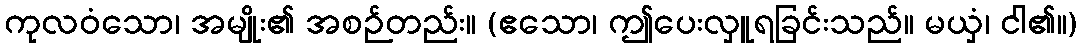
ကုလဝံသော၊ အမျိုး၏ အစဉ်တည်း။ (ဧသော၊ ဤပေးလှူရခြင်းသည်။ မယှံ၊ ငါ၏။)